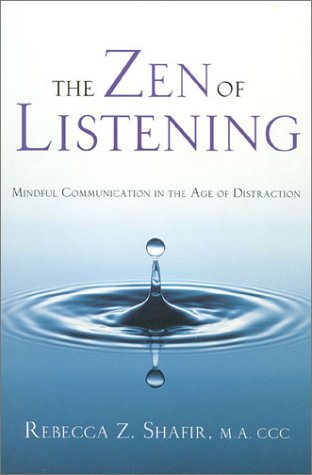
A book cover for The Zen of Listening: Mindful Communication in the Age of Distraction; Rebecca Shafir; Self-Help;